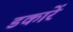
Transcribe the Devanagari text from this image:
डकारें